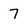
Character: 7